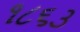
૧૮૬૩